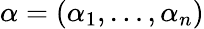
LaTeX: \alpha=(\alpha_{1},\dots,\alpha_{n})